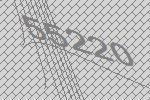
55220